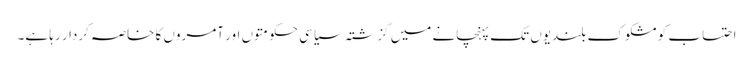
احتساب کو مشکوک بلندیوں تک پہنچانے میں گزشتہ سیاسی حکومتوں اور آمروں کا خاصہ کردار رہا ہے۔